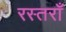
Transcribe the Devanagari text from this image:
रस्तराँ